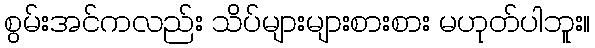
စွမ်းအင်ကလည်း သိပ်များများစားစား မဟုတ်ပါဘူး။